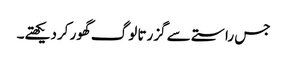
جس راستے سے گزرتا لوگ گھور کردیکھتے۔